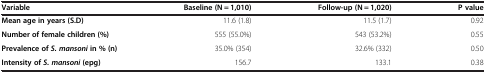
<table><thead><tr><td><b>Variable</b></td><td><b>Baseline (N = 1,010)</b></td><td><b>Follow-up (N = 1,020)</b></td><td><b>P value</b></td></tr></thead><tbody><tr><td><b>Mean age in years (S.D)</b></td><td>11.6 (1.8)</td><td>11.5 (1.7)</td><td>0.92</td></tr><tr><td><b>Number of female children (%)</b></td><td>555 (55.0%)</td><td>543 (53.2%)</td><td>0.55</td></tr><tr><td><b>Prevalence of </b><b><i>S. mansoni </i></b><b>in % (n)</b></td><td>35.0% (354)</td><td>32.6% (332)</td><td>0.50</td></tr><tr><td><b>Intensity of </b><b><i>S. mansoni </i></b><b>(epg)</b></td><td>156.7</td><td>133.1</td><td>0.38</td></tr></tbody></table>